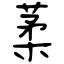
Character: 葇